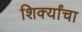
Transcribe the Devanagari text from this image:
शिर्क्यांचा